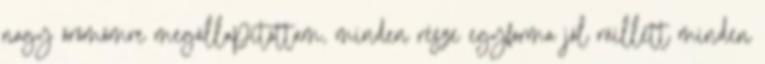
nagy örömömre megállapítottam, minden része egyforma jól ráillett minden